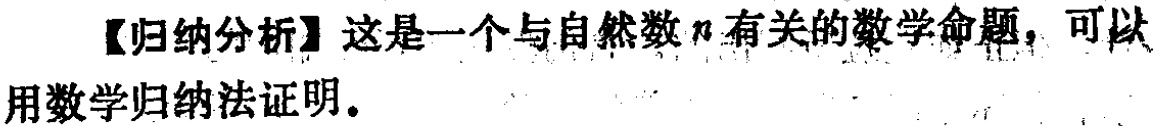
【归纳分析】这是一个与自然数\(n\)有关的数学命题，可以用数学归纳法证明。